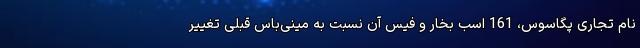
نام تجاری پگاسوس، 161 اسب بخار و فیس آن نسبت به مینی‌باس قبلی تغییر